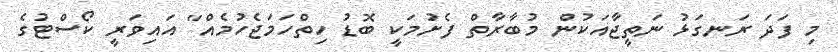
މި ފަދަ ރަނގަޅު ނަތީޖާއަކުން މުބާރާތް ފެށުމަކީ ބޮޑު ހިތްހަމަޖެހުމެއް" އައިވަރީ ކޯސްޓުގެ